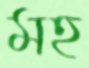
মহ